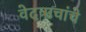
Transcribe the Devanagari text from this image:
वेदऋचांचे